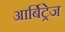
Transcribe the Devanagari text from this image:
आर्बिट्रेज